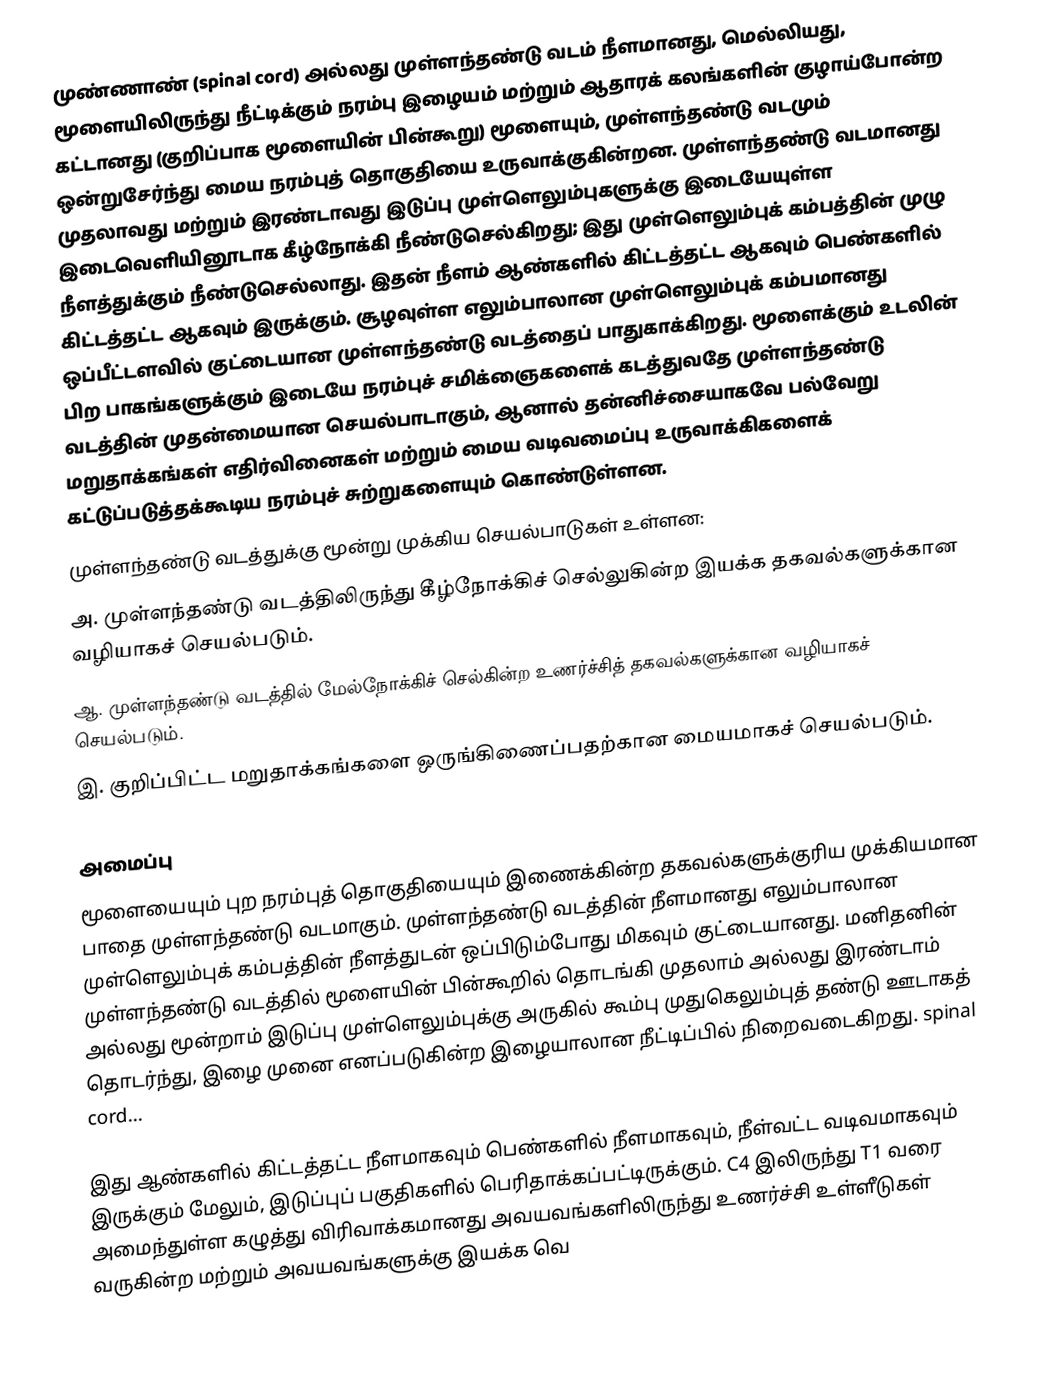
முண்ணாண் (spinal cord) அல்லது முள்ளந்தண்டு வடம் நீளமானது, மெல்லியது, மூளையிலிருந்து நீட்டிக்கும் நரம்பு இழையம் மற்றும் ஆதாரக் கலங்களின் குழாய்போன்ற கட்டானது (குறிப்பாக மூளையின் பின்கூறு) மூளையும், முள்ளந்தண்டு வடமும் ஒன்றுசேர்ந்து மைய நரம்புத் தொகுதியை உருவாக்குகின்றன. முள்ளந்தண்டு வடமானது முதலாவது மற்றும் இரண்டாவது இடுப்பு முள்ளெலும்புகளுக்கு இடையேயுள்ள இடைவெளியினூடாக கீழ்நோக்கி நீண்டுசெல்கிறது; இது முள்ளெலும்புக் கம்பத்தின் முழு நீளத்துக்கும் நீண்டுசெல்லாது. இதன் நீளம் ஆண்களில் கிட்டத்தட்ட  ஆகவும் பெண்களில் கிட்டத்தட்ட  ஆகவும் இருக்கும். சூழவுள்ள எலும்பாலான முள்ளெலும்புக் கம்பமானது ஒப்பீட்டளவில் குட்டையான முள்ளந்தண்டு வடத்தைப் பாதுகாக்கிறது. மூளைக்கும் உடலின் பிற பாகங்களுக்கும் இடையே நரம்புச் சமிக்ஞைகளைக் கடத்துவதே முள்ளந்தண்டு வடத்தின் முதன்மையான செயல்பாடாகும், ஆனால் தன்னிச்சையாகவே பல்வேறு மறுதாக்கங்கள் எதிர்வினைகள் மற்றும் மைய வடிவமைப்பு உருவாக்கிகளைக் கட்டுப்படுத்தக்கூடிய நரம்புச் சுற்றுகளையும் கொண்டுள்ளன.
முள்ளந்தண்டு வடத்துக்கு மூன்று முக்கிய செயல்பாடுகள் உள்ளன:
அ. முள்ளந்தண்டு வடத்திலிருந்து கீழ்நோக்கிச் செல்லுகின்ற இயக்க தகவல்களுக்கான வழியாகச் செயல்படும்.
ஆ. முள்ளந்தண்டு வடத்தில் மேல்நோக்கிச் செல்கின்ற உணர்ச்சித் தகவல்களுக்கான வழியாகச் செயல்படும்.
இ. குறிப்பிட்ட மறுதாக்கங்களை ஒருங்கிணைப்பதற்கான மையமாகச் செயல்படும்.

அமைப்பு
மூளையையும் புற நரம்புத் தொகுதியையும் இணைக்கின்ற தகவல்களுக்குரிய முக்கியமான பாதை முள்ளந்தண்டு வடமாகும். முள்ளந்தண்டு வடத்தின் நீளமானது எலும்பாலான முள்ளெலும்புக் கம்பத்தின் நீளத்துடன் ஒப்பிடும்போது மிகவும் குட்டையானது. மனிதனின் முள்ளந்தண்டு வடத்தில் மூளையின் பின்கூறில் தொடங்கி முதலாம் அல்லது இரண்டாம் அல்லது மூன்றாம் இடுப்பு முள்ளெலும்புக்கு அருகில் கூம்பு முதுகெலும்புத் தண்டு ஊடாகத் தொடர்ந்து, இழை முனை எனப்படுகின்ற இழையாலான நீட்டிப்பில் நிறைவடைகிறது. spinal cord...

இது ஆண்களில் கிட்டத்தட்ட  நீளமாகவும் பெண்களில்  நீளமாகவும், நீள்வட்ட வடிவமாகவும் இருக்கும் மேலும், இடுப்புப் பகுதிகளில் பெரிதாக்கப்பட்டிருக்கும். C4 இலிருந்து T1 வரை அமைந்துள்ள கழுத்து விரிவாக்கமானது அவயவங்களிலிருந்து உணர்ச்சி உள்ளீடுகள் வருகின்ற மற்றும் அவயவங்களுக்கு இயக்க வெ